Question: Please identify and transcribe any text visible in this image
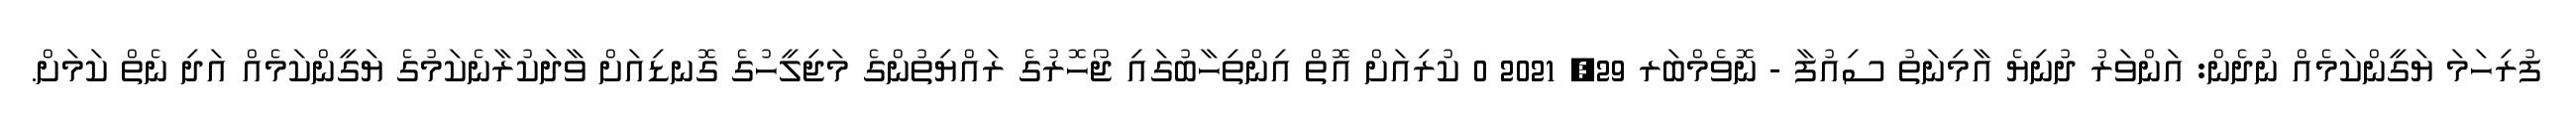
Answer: ފުރިހަމަ ޔަގީންކަމެއް ނުދެން: އަންވަރު ދުނިޔެ އާމިނަތު ސިއުފާ - ނޮވެމްބަރ 29, 2021 0 ކުރިއަށް އޮތް އިންތިހާބުގައި ޖޯހޮރުގެ ރައްޔިތުންގެ މަޖިލީހުގެ ގޮނޑިއަށް ވާދަކުރާނެކަމުގެ ޔަގީންކަމެއް އަދި ނެތް ކަމަށް.